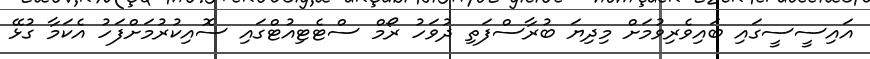
އައިސީސީގައި ބައިވެރިވުމަށް މިދިޔަ ބުރާސްފަތި ދުވަހު ރޯމް ސްޓެޓިއުޓްގައި ސޮއިކުރުމަށްފަހު އެކަމާ ގުޅޭ